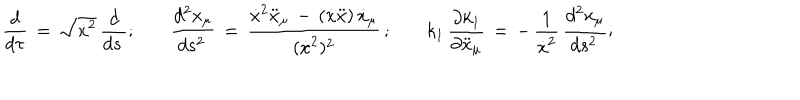
LaTeX: \frac { d } { d \tau } \, = \, \sqrt { \dot { x } ^ { 2 } } \, \frac { d } { d s \, } { ; } \qquad \frac { d ^ { 2 } x _ { \mu } } { d s ^ { 2 } \, } \, = \, \frac { \dot { x } ^ { 2 } \ddot { x } _ { \mu } \, - \, ( \dot { x } \ddot { x } ) \, \dot { x } _ { \mu } } { ( \dot { x } ^ { 2 } ) ^ { 2 } } \, { ; } \qquad k _ { 1 } \, \frac { \partial k _ { 1 } } { \partial \ddot { x } _ { \mu } } \, = \, - \, \frac { 1 } { \dot { x } ^ { 2 } } \, \frac { d ^ { 2 } x _ { \mu } } { d s ^ { 2 } \, } { ; }